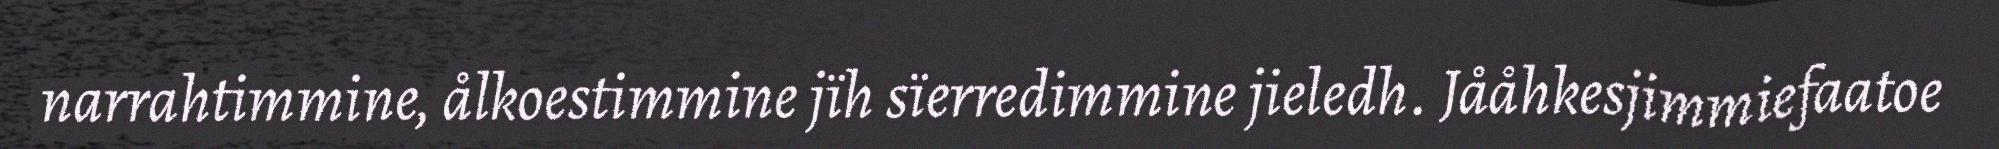
narrahtimmine, ålkoestimmine jïh sïerredimmine jieledh. Jååhkesjimmiefaatoe